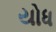
યોધ